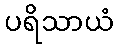
ပရိသာယံ